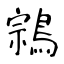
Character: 鶎